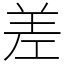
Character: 差